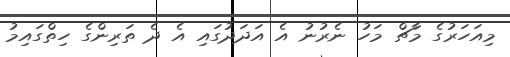
މިއަހަރުގެ މާޗް މަހު ނެރުނު އެ އަދަދުގައި އެ ދެ ތަރިންގެ ހިތްގައިމު